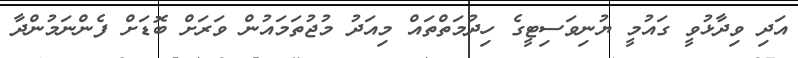
އަދި ވިދާޅުވީ ގައުމީ ޔުނިވަސިޓީގެ ހިދުމަތްތައް މިއަދު މުޖުތަމައުން ވަރަށް ބޮޑަށް ފެންނަމުންދާ